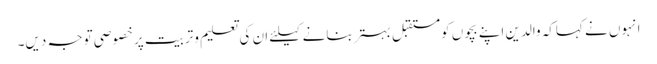
انہوں نے کہاکہ والدین اپنے بچوں کومستقبل بہتربنانے کیلئے ان کی تعلیم وتربیت پرخصوصی توجہ دیں۔